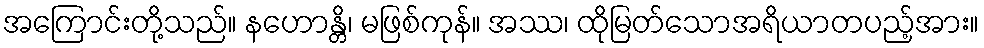
အကြောင်းတို့သည်။ နဟောန္တိ၊ မဖြစ်ကုန်။ အဿ၊ ထိုမြတ်သောအရိယာတပည့်အား။